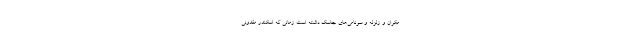
مکران و زلزله‌ و سونامی‌های جاسک داشته است زمانی که اسکندر مقدونی